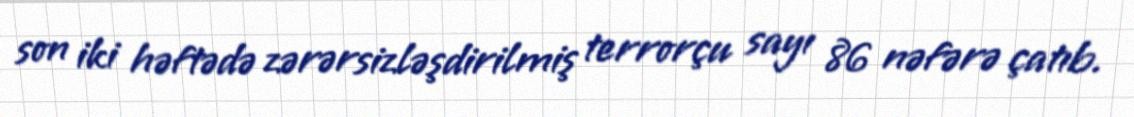
son iki həftədə zərərsizləşdirilmiş terrorçu sayı 86 nəfərə çatıb.